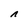
Character: n